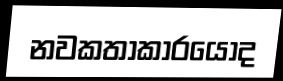
නවකතාකාරයෝද